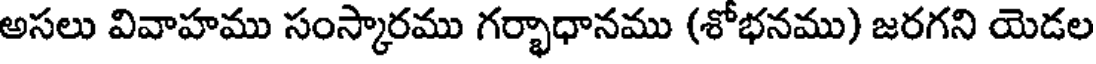
అసలు వివాహము సంస్కారము గర్భాధానము (శోభనము) జరగని యెడల